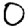
Digit: 0